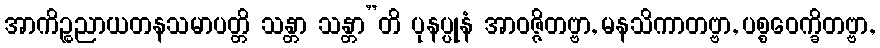
အာကိဉ္စညာယတနသမာပတ္တိ သန္တာ သန္တာ”တိ ပုနပ္ပုနံ အာဝဇ္ဇိတဗ္ဗာ, မနသိကာတဗ္ဗာ, ပစ္စဝေက္ခိတဗ္ဗာ,